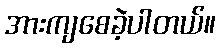
အားကျစေခဲ့ပါတယ်။